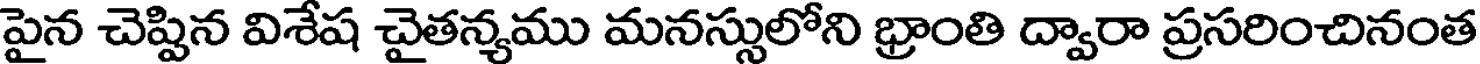
పైన చెప్పిన విశేష చైతన్యము మనస్సులోని భ్రాంతి ద్వారా ప్రసరించినంత